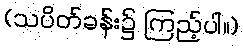
(သပိတ်ခန်း၌ ကြည့်ပါ။)